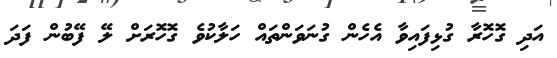
އަދި ގޮހޮރާ ގުޅިފައިވާ އެހެން ގުނަވަންތައް ހަލާކުވެ ގޮހޮރަށް ލޭ ފޭބުން ފަދަ